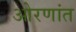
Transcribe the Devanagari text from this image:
ओरणांत